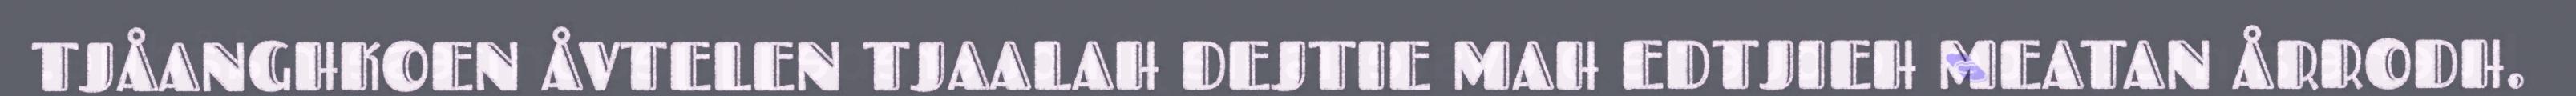
TJÅANGHKOEN ÅVTELEN TJAALAH DEJTIE MAH EDTJIEH MEATAN ÅRRODH.